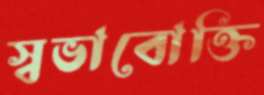
স্বভাবোক্তি